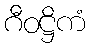
ဂီဝဋ္ဌိကံ